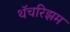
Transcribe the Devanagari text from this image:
थॅचरिझम